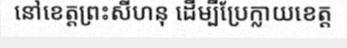
នៅខេត្តព្រះសីហនុ ដើម្បីប្រែក្លាយខេត្ត